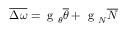
\overline { { \Delta \omega } } = \mathrm { ~ g ~ } _ { \theta } \overline { { \theta } } + \mathrm { ~ g ~ } _ { N } \overline { { N } }